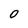
Character: 0